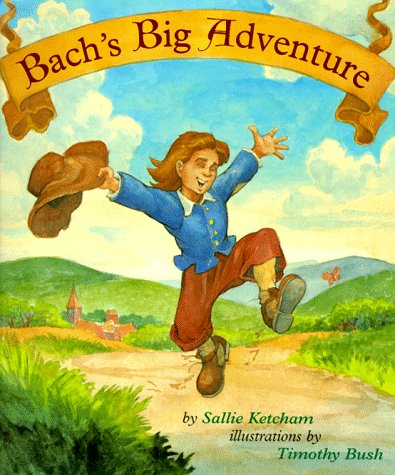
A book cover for Bach's Big Adventure; Sallie Ketcham; Children's Books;